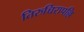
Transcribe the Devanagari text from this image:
तिरुच्चिरापल्लि